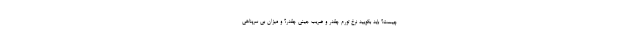
چیست؟ باید بگویید نرخ تورم چقدر و ضریب جینی چقدر؟ و میزان بی سرپناهی